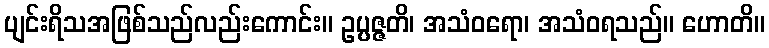
ပျင်းရိသအဖြစ်သည်လည်းကောင်း။ ဥပ္ပဇ္ဇတိ၊ အသံဝရော၊ အသံဝရသည်။ ဟောတိ။